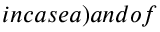
i n c a s e a ) a n d o f